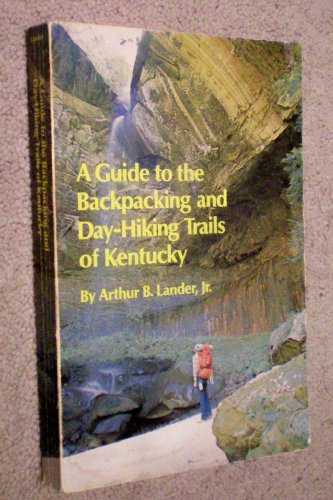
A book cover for A Guide to the Backpacking and Day-Hiking Trails of Kentucky; Arthur B. Lander; Travel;